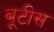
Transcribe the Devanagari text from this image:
बूटीस